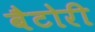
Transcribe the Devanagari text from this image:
बैटोरी